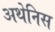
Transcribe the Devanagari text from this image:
अथेनिस